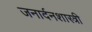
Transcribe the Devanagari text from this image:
जनार्दनशास्त्री